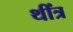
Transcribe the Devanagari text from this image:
थींत्र